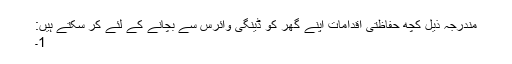
مندرجہ ذیل کچھ حفاظتی اقدامات اپنے گھر کو ڈینگی وائرس سے بچانے کے لئے کر سکتے ہیں:
1۔